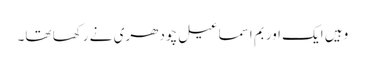
وہیں ایک اور بم اسماعیل چودھری نے رکھا تھا۔